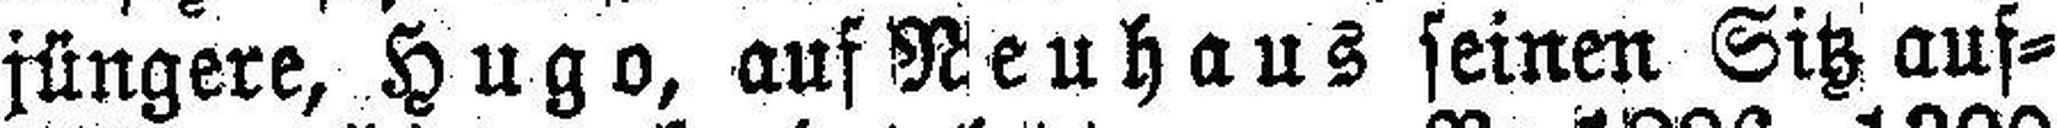
jüngere, Hugo, auf Neuhaus seinen Sitz auf¬